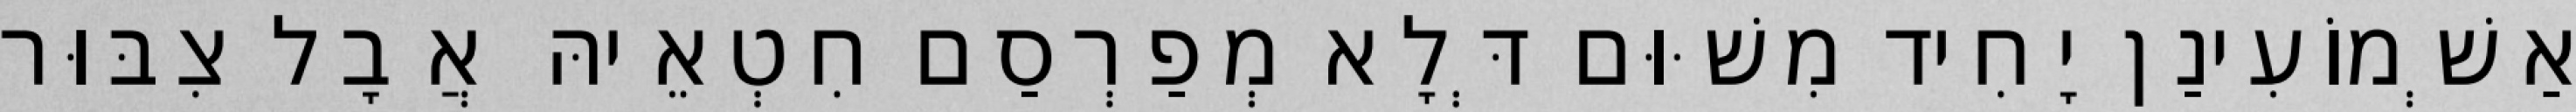
אַשְׁמוֹעִינַן יָחִיד מִשּׁוּם דְּלָא מְפַרְסַם חִטְאֵיהּ אֲבָל צִבּוּר